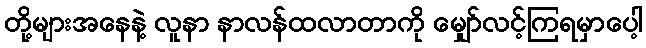
တို့များအနေနဲ့ လူနာ နာလန်ထလာတာကို မျှော်လင့်ကြရမှာပေါ့